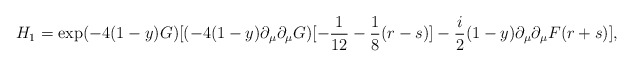
\begin{align*}H_{1}=\exp(-4(1-y)G)[(-4(1-y)\partial_{\mu}\partial_{\mu}G)[-\frac{1}{12}-\frac{1}{8}(r-s)]-\frac{i}{2}(1-y)\partial_{\mu}\partial_{\mu}F(r+s)],\end{align*}